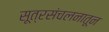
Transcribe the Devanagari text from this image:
सूत्रसंचलनातून